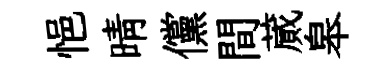
悒晴儻間蕆皋